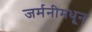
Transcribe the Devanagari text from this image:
जर्मनीमधून